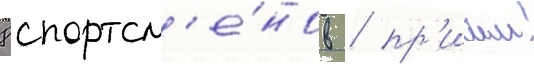
8 спортсм'е́нов / пр'ичем